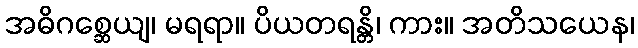
အဓိဂစ္ဆေယျ၊ မရရာ။ ပိယတရန္တိ၊ ကား။ အတိသယေန၊